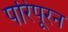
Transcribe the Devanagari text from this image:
परिपूरन